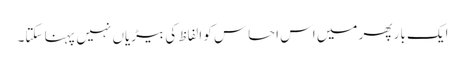
ایک بار پھر میں اس احساس کو الفاظ کی بیڑیاں نہیں پہنا سکتا۔